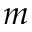
m